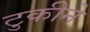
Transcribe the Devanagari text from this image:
टुकीने